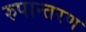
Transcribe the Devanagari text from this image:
रुपान्‍तरण